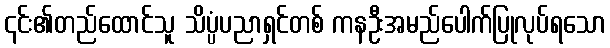
၎င်း၏တည်ထောင်သူ သိပ္ပံပညာရှင်တစ် ကနဦးအမည်ပေါက်ပြုလုပ်ရသော